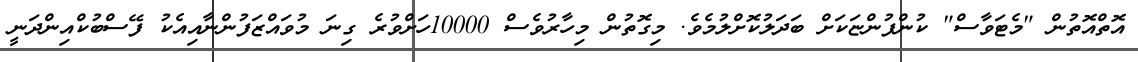
އޮތްއޮތުން "މެޓަވާސް" ކުންފުންޏަކަށް ބަދަލުކޮށްލުމެވެ. މިގޮތުން މިހާރުވެސް 10000ހަށްވުރެ ގިނަ މުވައްޒަފުންނާއިއެކު ފޭސްބުކްއިންދަނީ